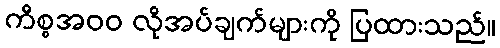
ကိစ္စအ၀၀ လိုအပ်ချက်များကို ပြထားသည်။